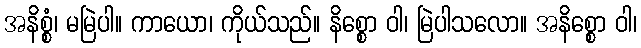
အနိစ္စံ၊ မမြဲပါ။ ကာယော၊ ကိုယ်သည်။ နိစ္စော ဝါ၊ မြဲပါသလော။ အနိစ္စော ဝါ၊